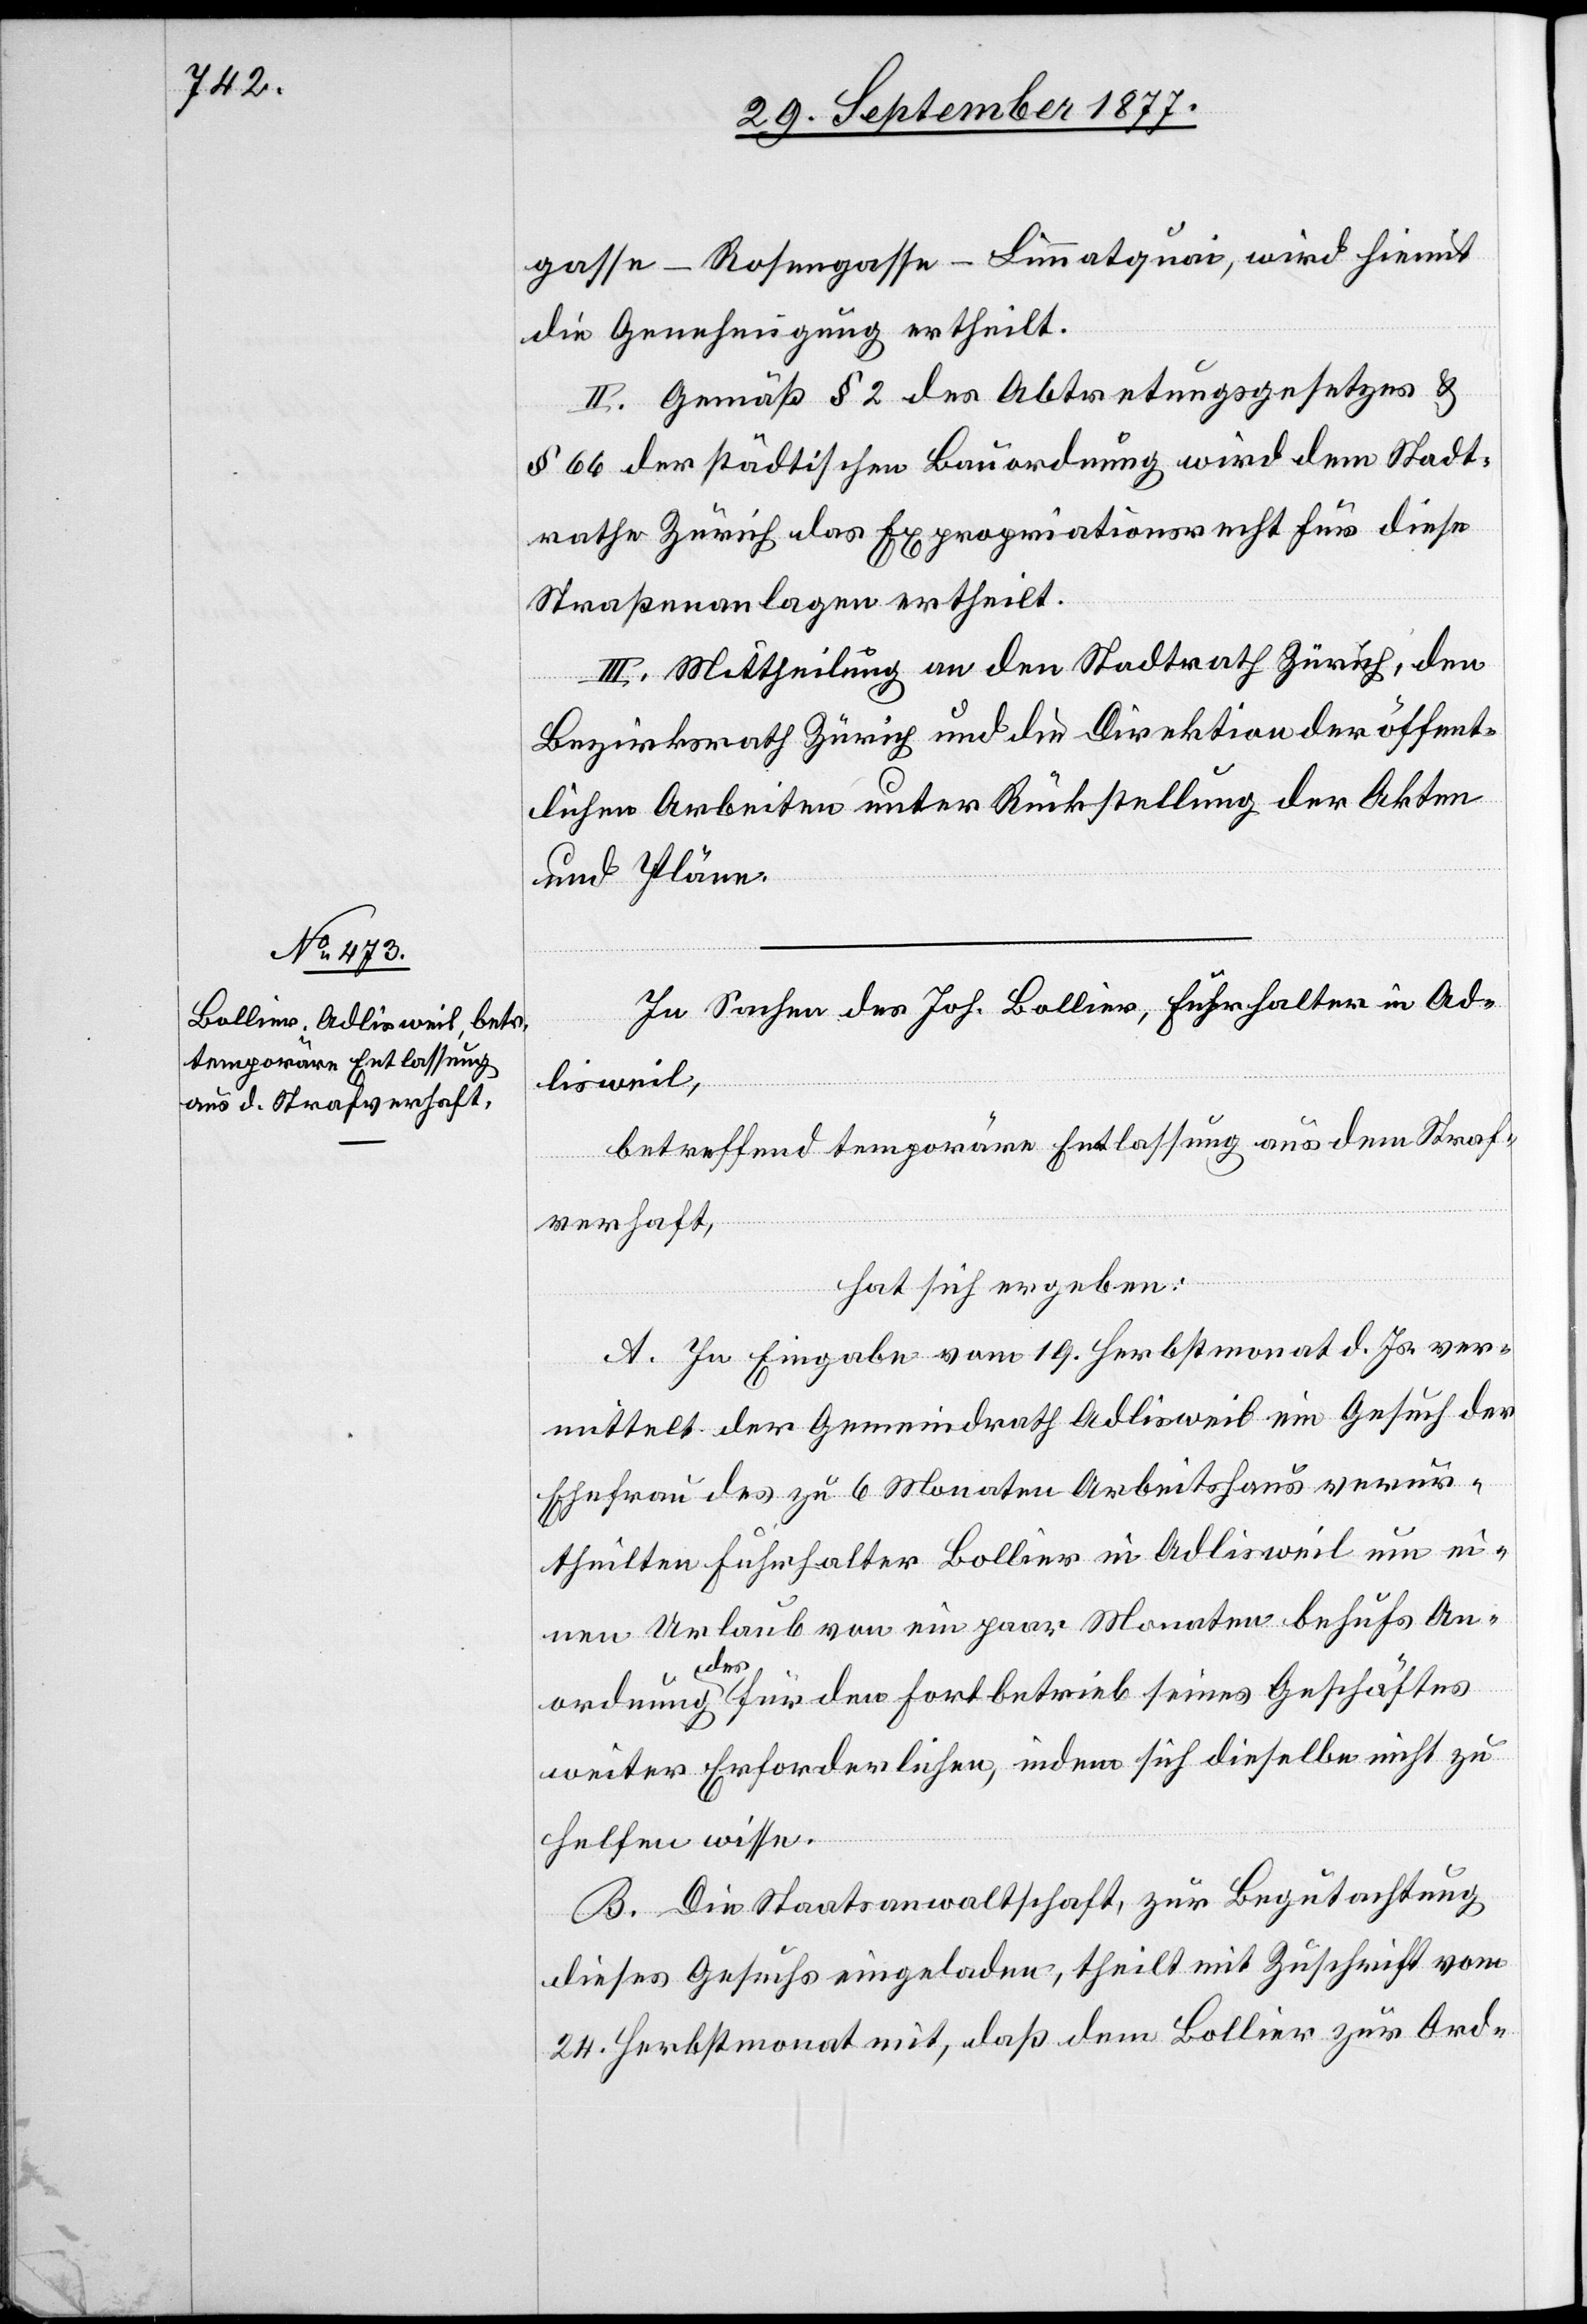
gasse–Rosengasse–Limmatquai, wird hiemit
die Genehmigung ertheilt.
II. Gemäß § 2 des Abtretungsgesetzes &
§ 66 der städtischen Bauordnung wird dem Stadt¬
rathe Zürich das Expropriationsrecht für diese
Straßenanlagen ertheilt.
III. Mittheilung an den Stadtrath Zürich, den
Bezirksrath Zürich und die Direktion der öffent¬
lichen Arbeiten unter Rückstellung der Akten
und Pläne.
In Sachen des Joh. Bollier, Fuhrhalter in Ad¬
lisweil,
betreffend temporäre Entlassung aus dem Straf¬
verhaft,
hat sich ergeben:
A. In Eingabe vom 19. Herbstmonat d. Js. ver¬
mittelt der Gemeindrath Adlisweil ein Gesuch der
Ehefrau des zu 6 Monaten Arbeitshaus verur¬
theilten Fuhrhalter Bollier in Adlisweil um ei¬
nen Urlaub von ein paar Monaten behufs An¬
ordnung des für den Fortbetrieb seines Geschäftes
weiter Erforderlichen, indem sich dieselbe nicht zu
helfen wisse.
B. Die Staatsanwaltschaft, zur Begutachtung
dieses Gesuchs eingeladen, theilt mit Zuschrift vom
24. Herbstmonat mit, daß dem Bollier zur Ord-